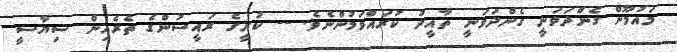
މައުމޫން ގެންދަވަނީ ގެންދަވަނީ ތާއީދު ކުރައްވަމުންނެވެ. -- ކުރީގެ ރައީސުންގެ ތެރެއިން ސިޔާސީ